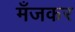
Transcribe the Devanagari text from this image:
मँजकर